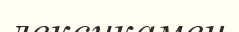
лексикамен